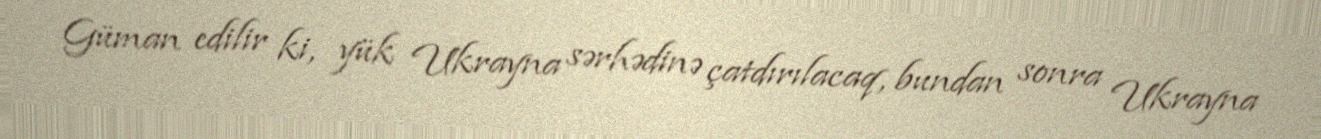
Güman edilir ki, yük Ukrayna sərhədinə çatdırılacaq, bundan sonra Ukrayna